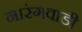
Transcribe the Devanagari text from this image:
नारंगवाडी